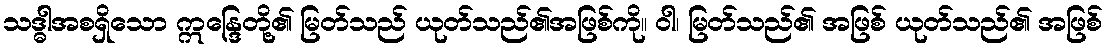
သဒ္ဓါအစရှိသော ဣန္ဒြေတို့၏ မြတ်သည် ယုတ်သည်၏အဖြစ်ကို။ ဝါ၊ မြတ်သည်၏ အဖြစ် ယုတ်သည်၏ အဖြစ်